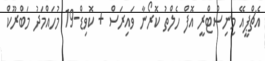
އެޗްޕީއޭ މިނިސްޓްރީ އޮފް ހެލްތު ކޮރޯނާ ވައިރަސް + ކޮވިޑް-19 މުހައްމަދު މަބްރޫކް